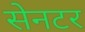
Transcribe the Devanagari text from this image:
सेनटर